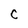
Character: C